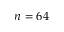
n = 6 4